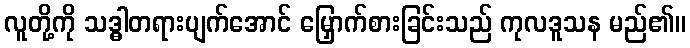
လူတို့ကို သဒ္ဓါတရားပျက်အောင် မြှောက်စားခြင်းသည် ကုလဒူသန မည်၏။